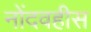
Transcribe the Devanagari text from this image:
नोंदवहीस